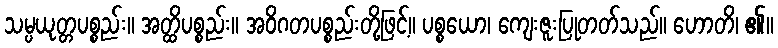
သမ္ပယုတ္တပစ္စည်း။ အတ္ထိပစ္စည်း။ အဝိဂတပစ္စည်းတို့ဖြင့်။ ပစ္စယော၊ ကျေးဇူးပြုတတ်သည်။ ဟောတိ၊ ၏။